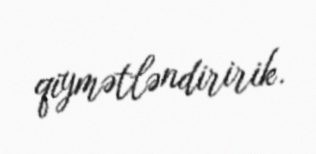
qiymətləndiririk.